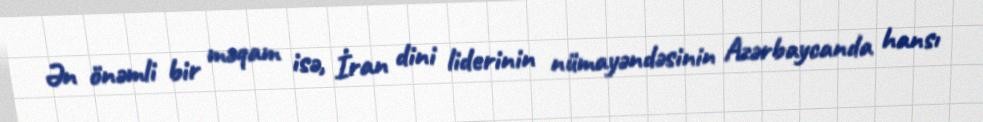
Ən önəmli bir məqam isə, İran dini liderinin nümayəndəsinin Azərbaycanda hansı